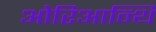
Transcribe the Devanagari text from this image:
ओरिआन्थि